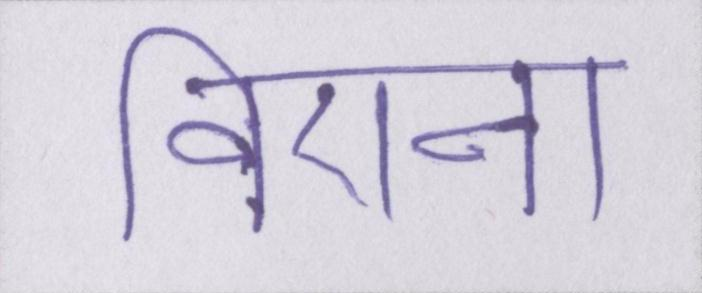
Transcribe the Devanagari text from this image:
विएना